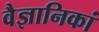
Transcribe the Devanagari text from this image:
वैज्ञानिकां